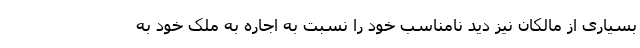
بسیاری از مالکان نیز دید نامناسب خود را نسبت به اجاره به ملک خود به